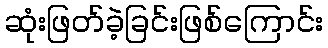
ဆုံးဖြတ်ခဲ့ခြင်းဖြစ်ကြောင်း